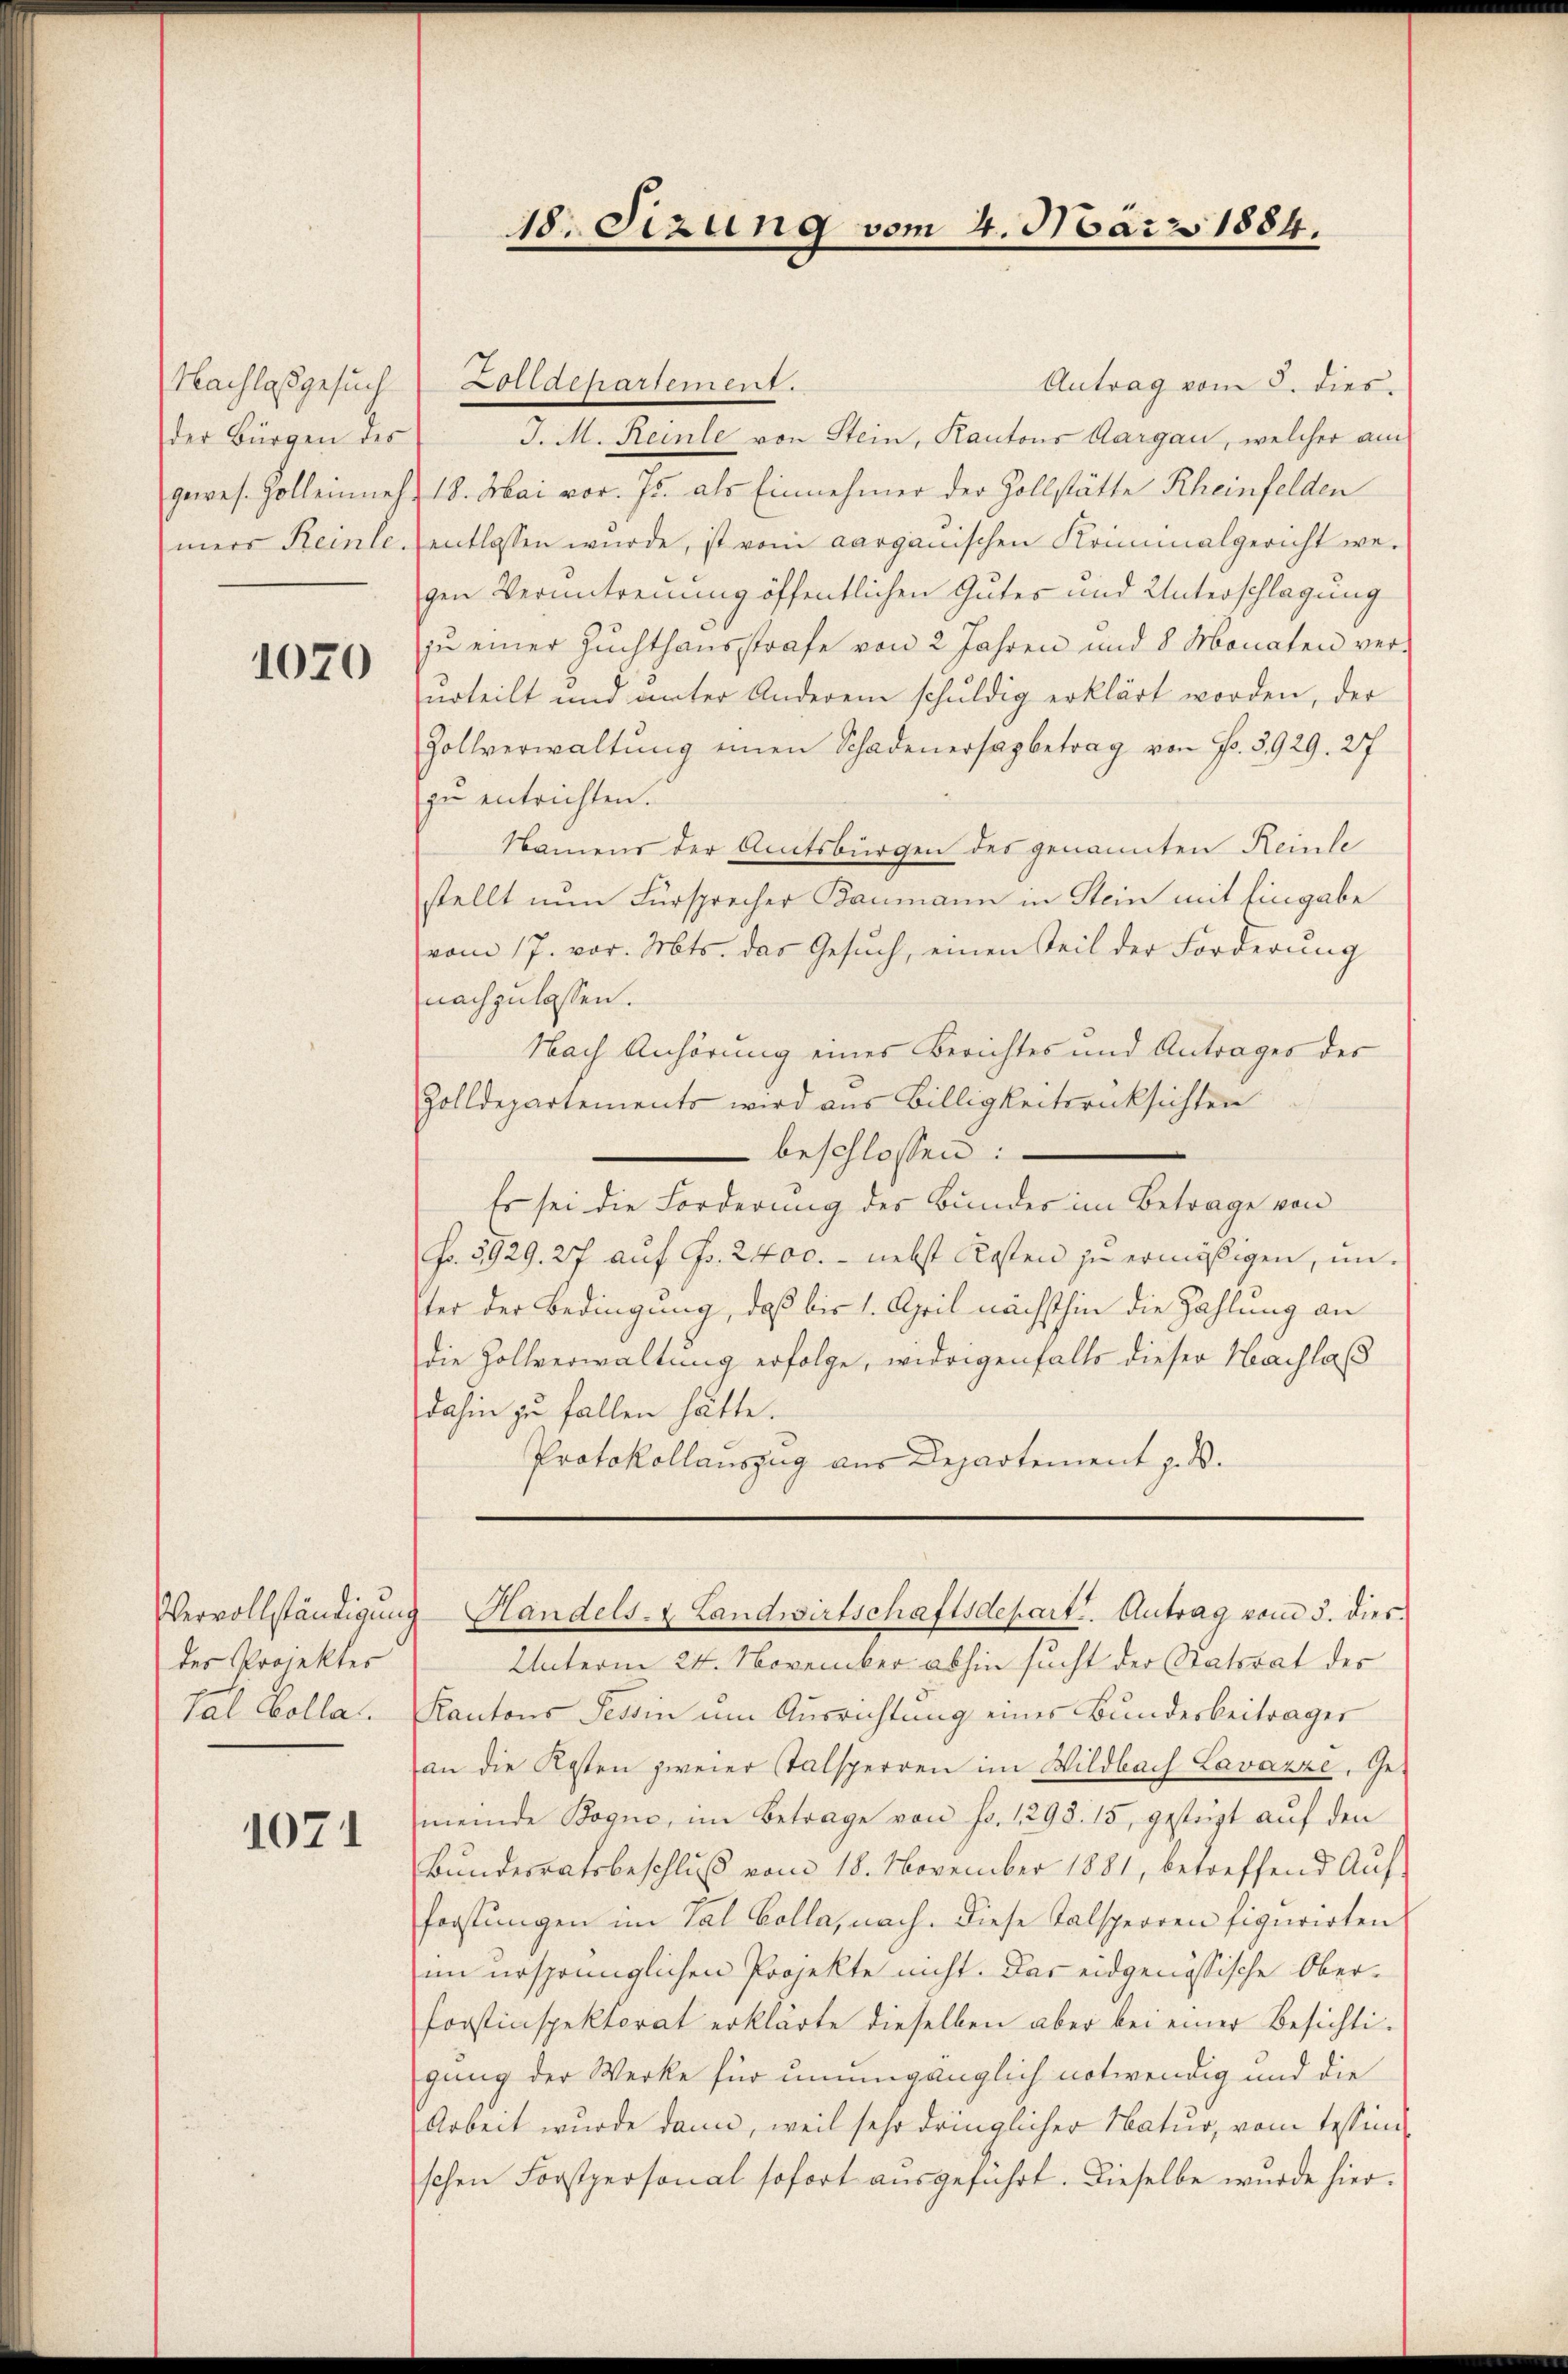
Nachlasgesuch
der Bürgen des
gewes. Zoll einneh
mers Reinle.

1070

des Projekter
Tal Colla

1071

18. Sizung vom 4. März 1884.

olldepartement.
Antrag vom 8. dies
J. M. Reinle von Stein, Kantons Aargau, welcher am
18. Mai vor. Js. als Einnehmer der Zollstätte Rheinfelden
entlassen wurde, ist vom aargauischen Kriminalgericht wegen Verantreuung öffentlichen Gutes und Unterschlagung
zu einer Zuchthausstrafe von 2 Jahren und 8 Monaten ver-
urteilt und unter Anderem schuldig erklärt worden, der
Zollverwaltŭng einen Schadenersagbetrag von Fr. 3929. 27
zu entrichten.
Namens der Amtsbürgen des genannten Reinle
stellt nun Fürsprecher Baumann in Stein mit Eingabe
vom 17. vor. Mts. das Gesŭch, einen Teil der Forderung
nachzulassen.
Nach Anhörung eines Berichtes und Antrages des
Zolldepartements wird aus Billigkeitsrücksichten
beschlossen:
Es sei die Forderung des Bundes im Betrage von
fo. 5929. 27 auf Fr. 2400. - nebst Kosten zu ermäßigen, unster der Bedingung, daß bis 1. April nächsthin die Zahlung an
die Zollverwaltung erfolge, widrigenfalls dieser Nachlaß
dahin zu fallen hätte.
Protokollauszug aus Departement z. B.
Vervollständigung Handels- & Landwirtschaftsdepart. Antrag vom 3. dies
Unterm 24. November abhin sucht der Statsrat des
Kantons Tessin um Ausrichtung eines Bundesbeitrages
an die Kosten zweier Stalsperren im Wildbach Lavazze, Gemeinde Bogue, im Betrage von Fr. 1298. 15, gestüzt auf den
Bundesratsbeschluß vom 18. November 1881, betreffend Aufforstungen im Tal Colla, nach. Diese Talsperren figurirten
im ursprünglichen Projekte nicht. Das eidgenössische Ober-
Forstinspektorat erklärte dieselben aber bei einer Besichtigung der Werke für unumgänglich notwendig und die
Arbeit wurde dann, weil sehr dringlicher Natur, vom Tessinischen Forstpersonal sofort aŭsgeführt. Dieselbe wurde hier¬